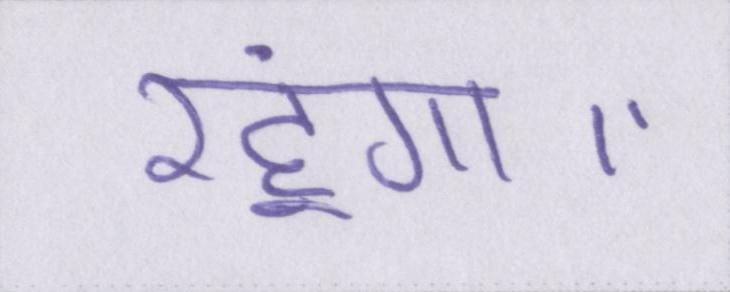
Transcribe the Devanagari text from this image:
रहूंगा।